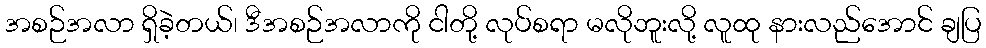
အစဉ်အလာ ရှိခဲ့တယ်၊ ဒီအစဉ်အလာကို ငါတို့ လုပ်စရာ မလိုဘူးလို့ လူထု နားလည်အောင် ချပြ